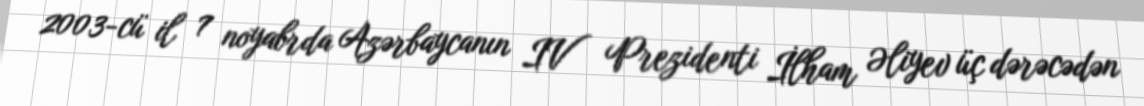
2003-cü il 7 noyabrda Azərbaycanın IV Prezidenti İlham Əliyev üç dərəcədən